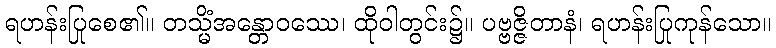
ရဟန်းပြုစေ၏။ တသ္မိံအန္တောဝဿေ၊ ထိုဝါတွင်း၌။ ပဗ္ဗဇ္ဇိတာနံ၊ ရဟန်းပြုကုန်သော။